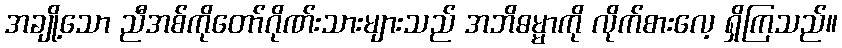
အချို့သော ညီအစ်ကိုတော်ဂိုဏ်းသားများသည် အဘိဓမ္မာကို လိုက်စားလေ့ ရှိကြသည်။